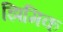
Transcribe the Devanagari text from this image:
झिमिक